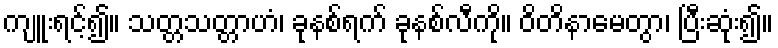
ကျူးရင့်၍။ သတ္တသတ္တာဟံ၊ ခုနစ်ရက် ခုနစ်လီကို။ ဝိတိနာမေတွာ၊ ပြီးဆုံး၍။